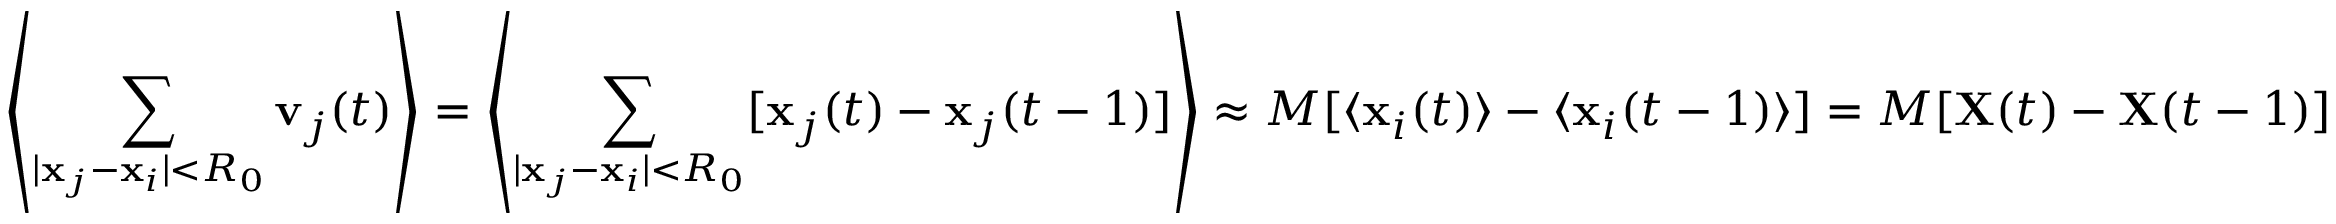
\left\langle \sum _ { | \mathbf { x } _ { j } - \mathbf { x } _ { i } | < R _ { 0 } } \mathbf { v } _ { j } ( t ) \right\rangle = \left\langle \sum _ { | \mathbf { x } _ { j } - \mathbf { x } _ { i } | < R _ { 0 } } [ \mathbf { x } _ { j } ( t ) - \mathbf { x } _ { j } ( t - 1 ) ] \right\rangle \approx M [ \langle \mathbf { x } _ { i } ( t ) \rangle - \langle \mathbf { x } _ { i } ( t - 1 ) \rangle ] = M [ \mathbf { X } ( t ) - \mathbf { X } ( t - 1 ) ]